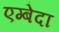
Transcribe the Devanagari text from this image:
एग्बेदा